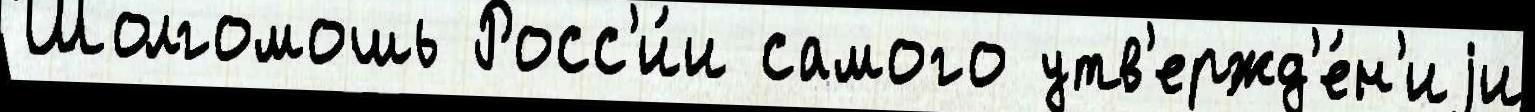
Шолгомошь Росс'и́и самого утв'ержд'е́н'иjи